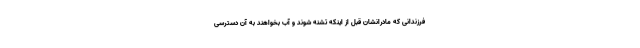
فرزندانی که مادرانشان قبل از اینکه تشنه شوند و آب بخواهند به آن دسترسی